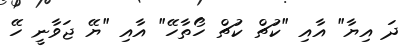
ދަ އިޔާ" އާއި "ކުޗް ކުޗް ހޯތާހޭ" އާއި "ޔޭ ޖަވާނީ ހޭ